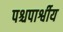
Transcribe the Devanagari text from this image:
पश्चपार्श्वीय